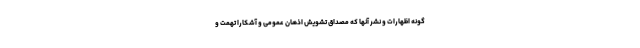
گونه اظهارات و نشر آنها که مصداق تشویش اذهان عمومی و آشکارا تهمت و